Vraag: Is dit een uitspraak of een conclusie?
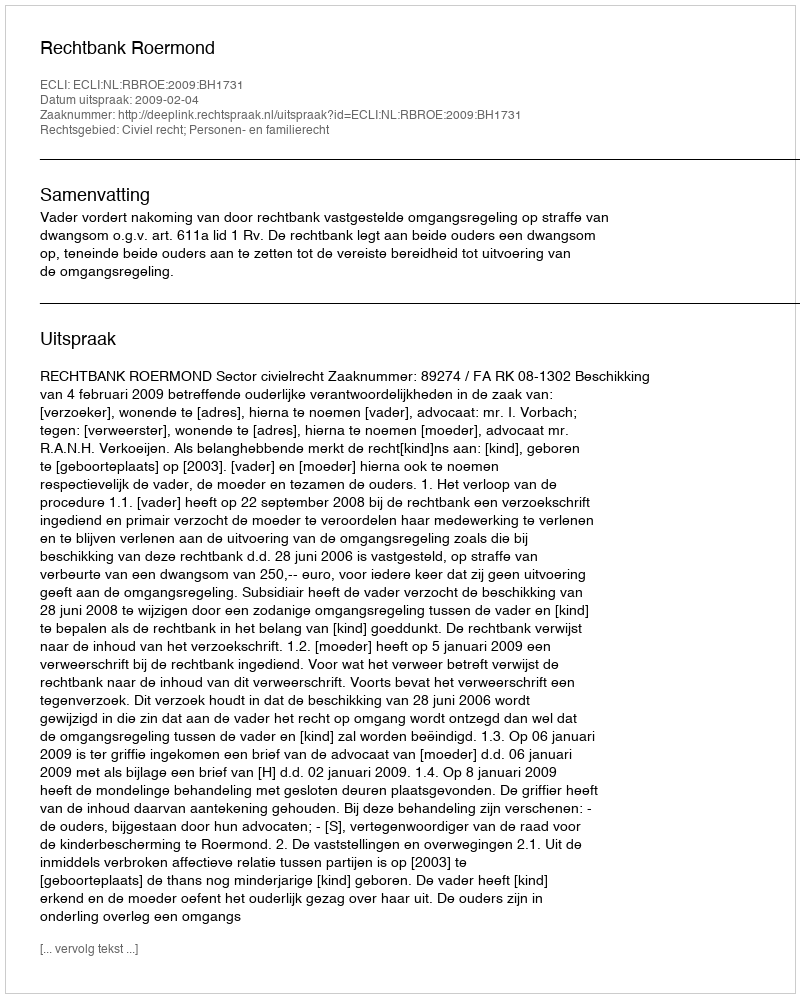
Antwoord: Uitspraak